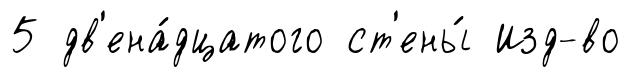
5 дв'ена́дцатого ст'ены́ Изд-во